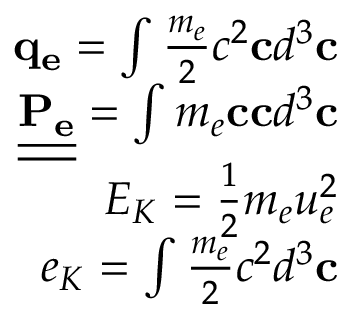
\begin{array} { r } { \mathbf { q _ { e } } = \int \frac { m _ { e } } { 2 } c ^ { 2 } \mathbf { c } d ^ { 3 } \mathbf { c } } \\ { \underline { { \underline { { \mathbf { P _ { e } } } } } } = \int m _ { e } \mathbf { c } \mathbf { c } d ^ { 3 } \mathbf { c } } \\ { E _ { K } = \frac { 1 } { 2 } m _ { e } u _ { e } ^ { 2 } } \\ { e _ { K } = \int \frac { m _ { e } } { 2 } c ^ { 2 } d ^ { 3 } \mathbf { c } } \end{array}